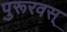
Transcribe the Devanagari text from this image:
पुरूरवस्